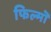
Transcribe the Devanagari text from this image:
फिल्मॊ